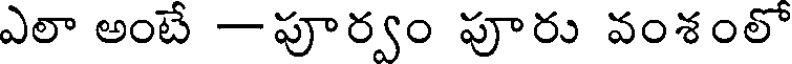
ఎలా అంటే -పూర్వం పూరు వంశంలో